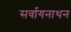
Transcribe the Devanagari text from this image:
सर्वांगनाथन